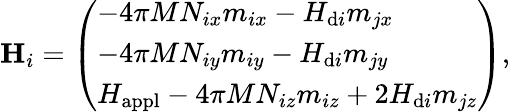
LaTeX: \mathbf{H}_{i}=\left(\begin{array}{l}{-4\pi MN_{ix}m_{ix}-H_{\mathrm{d}i}m_{jx}}\\ {-4\pi MN_{iy}m_{iy}-H_{\mathrm{d}i}m_{jy}}\\ {H_{\mathrm{appl}}-4\pi MN_{iz}m_{iz}+2H_{\mathrm{d}i}m_{jz}}\end{array}\right),